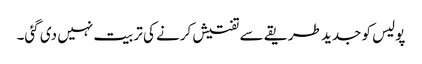
پولیس کو جدید طریقے سے تفتیش کرنے کی تربیت نہیں دی گئی۔